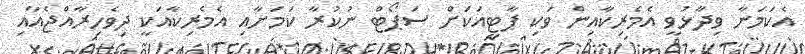
އެކަމަނާ ވިދާޅުވީ އެމެރިކާއިން ވަކި ޕާޓީއަކަށް ސަޕޯޓް ނުކުރާ ކަމަށާއި އެމެރިކާއަކީ ދިވެހިރާއްޖެއާއި